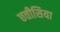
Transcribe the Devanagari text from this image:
छत्तीसिया